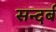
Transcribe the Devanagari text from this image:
सन्दर्ब